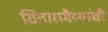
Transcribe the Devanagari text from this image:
सितारामैय्यांची